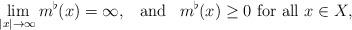
LaTeX: \begin{align*}\lim_{|x|\to\infty} m^{\flat}(x)=\infty, \,\,\, \textrm{ and } \,\,\, m^{\flat}(x)\geq 0 \textrm{ for all } x\in X,\end{align*}